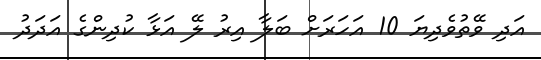
އަދި ވޭތުވެދިޔަ 10 އަހަރަށް ބަލާ އިރު ލޭ އަޅާ ކުދިންގެ އަދަދު